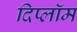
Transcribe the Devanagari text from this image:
दिप्लॉम